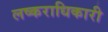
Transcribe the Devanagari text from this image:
लष्कराधिकारी